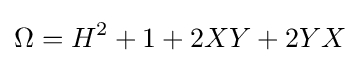
\Omega =H^{2}+1+2XY+2YX